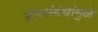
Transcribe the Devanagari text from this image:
प्रेमसंबंधांमुळे